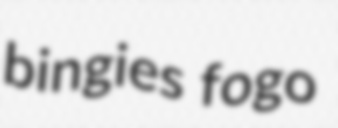
bingies fogo